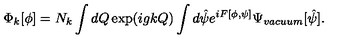
\Phi _ { k } [ \phi ] = N _ { k } \int d Q \exp ( i g k Q ) \int d \hat { \psi } e ^ { i F [ \phi , \psi ] } \Psi _ { v a c u u m } [ \hat { \psi } ] .